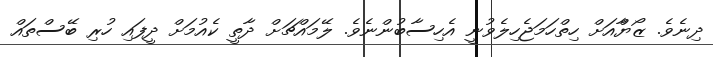
ދިނެވެ. ޒޯޔާްއަށް ހިތްހަމަޖެހިލެވުނީ އެހިސާބުންނެވެ. ލޭމައްޗަށް ދާތީ ކެއުމަށް ދީފައި ހުރި ބޭސްތައް